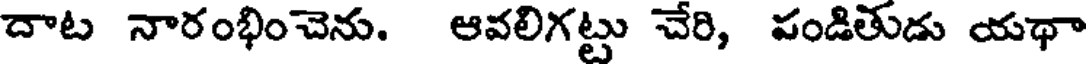
దాట నారంభించెను. ఆవలిగట్టు చేరి, పండితుడు యథా